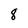
Character: 8